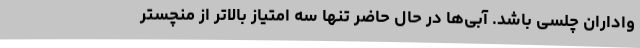
واداران چلسی باشد. آبی‌ها در حال حاضر تنها سه امتیاز بالاتر از منچستر